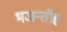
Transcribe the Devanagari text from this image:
भजन्तीह